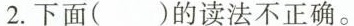
2.下面( )的读法不正确。